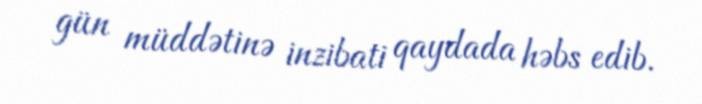
gün müddətinə inzibati qaydada həbs edib.